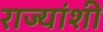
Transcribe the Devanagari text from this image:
राज्‍यांशी